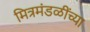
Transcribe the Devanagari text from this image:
मित्रमंडळींच्या